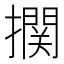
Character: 𰔴